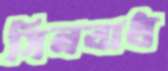
সিনবাধ